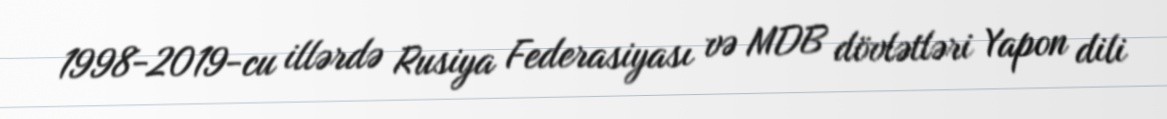
1998-2019-cu illərdə Rusiya Federasiyası və MDB dövlətləri Yapon dili